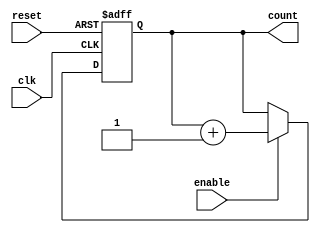
module binary_counter (
    input wire clk,       // Clock input
    input wire reset,     // Asynchronous reset input
    input wire enable,    // Enable input to control counting
    output reg [3:0] count // 4-bit output for the counter
);

// Asynchronous reset and counting operation
always @(posedge clk or posedge reset) begin
    if (reset) begin
        count <= 4'b0000; // Set count to 0 on reset
    end else if (enable) begin
        count <= count + 1'b1; // Increment count on the clock edge
    end
end

endmodule